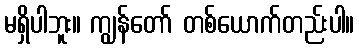
မရှိပါဘူး။ ကျွန်တော် တစ်ယောက်တည်းပါ။